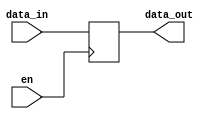
module open_drain_buffer (
    input wire en,
    input wire data_in,
    output reg data_out
);

// Buffer circuit
always @ (posedge en)
begin
    if (en)
        data_out <= data_in;
    else
        data_out <= 1'bz;
end

endmodule